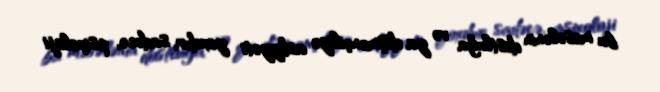
bu məsələnin dostluğa və ya düşmənçiliyə aidiyyəti yoxdur, sadəcə, psixoloji